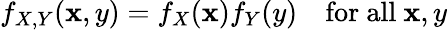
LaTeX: f_{X,Y}(\mathbf{x},y)=f_{X}(\mathbf{x})f_{Y}(y)\quad{\mathrm{{for~all~}}}\mathbf{x},y